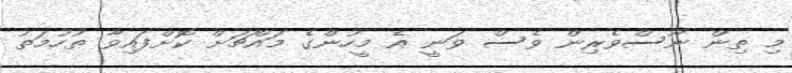
މި ތިން ނޫސްވެރިން ވެސް ވަނީ އެ މީހުންގެ މައްޗަށް ކޮށްފައިވާ ތުހުމަތު